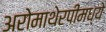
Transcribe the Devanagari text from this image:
अरोमाथेरपीमध्ये